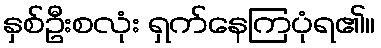
နှစ်ဦးစလုံး ရှက်နေကြပုံရ၏။